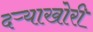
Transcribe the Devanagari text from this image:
दऱ्‍याखोरी